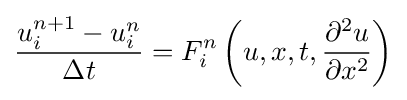
{\frac {u_{i}^{n+1}-u_{i}^{n}}{\Delta t}}=F_{i}^{n}\left(u,x,t,{\frac {\partial ^{2}u}{\partial x^{2}}}\right)